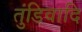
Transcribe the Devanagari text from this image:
तुंडिवादि